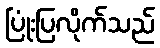
ပြုံးပြလိုက်သည်